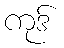
ကုဒ်